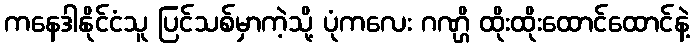
ကနေဒါနိုင်ငံသူ ပြင်သစ်မှာကဲ့သို့ ပုံကလေး ဂဏ္ဌိ ထိုးထိုးထောင်ထောင်နဲ့